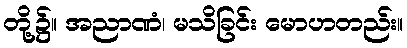
တို့၌။ အညာဏံ၊ မသိခြင်း မောဟတည်း။